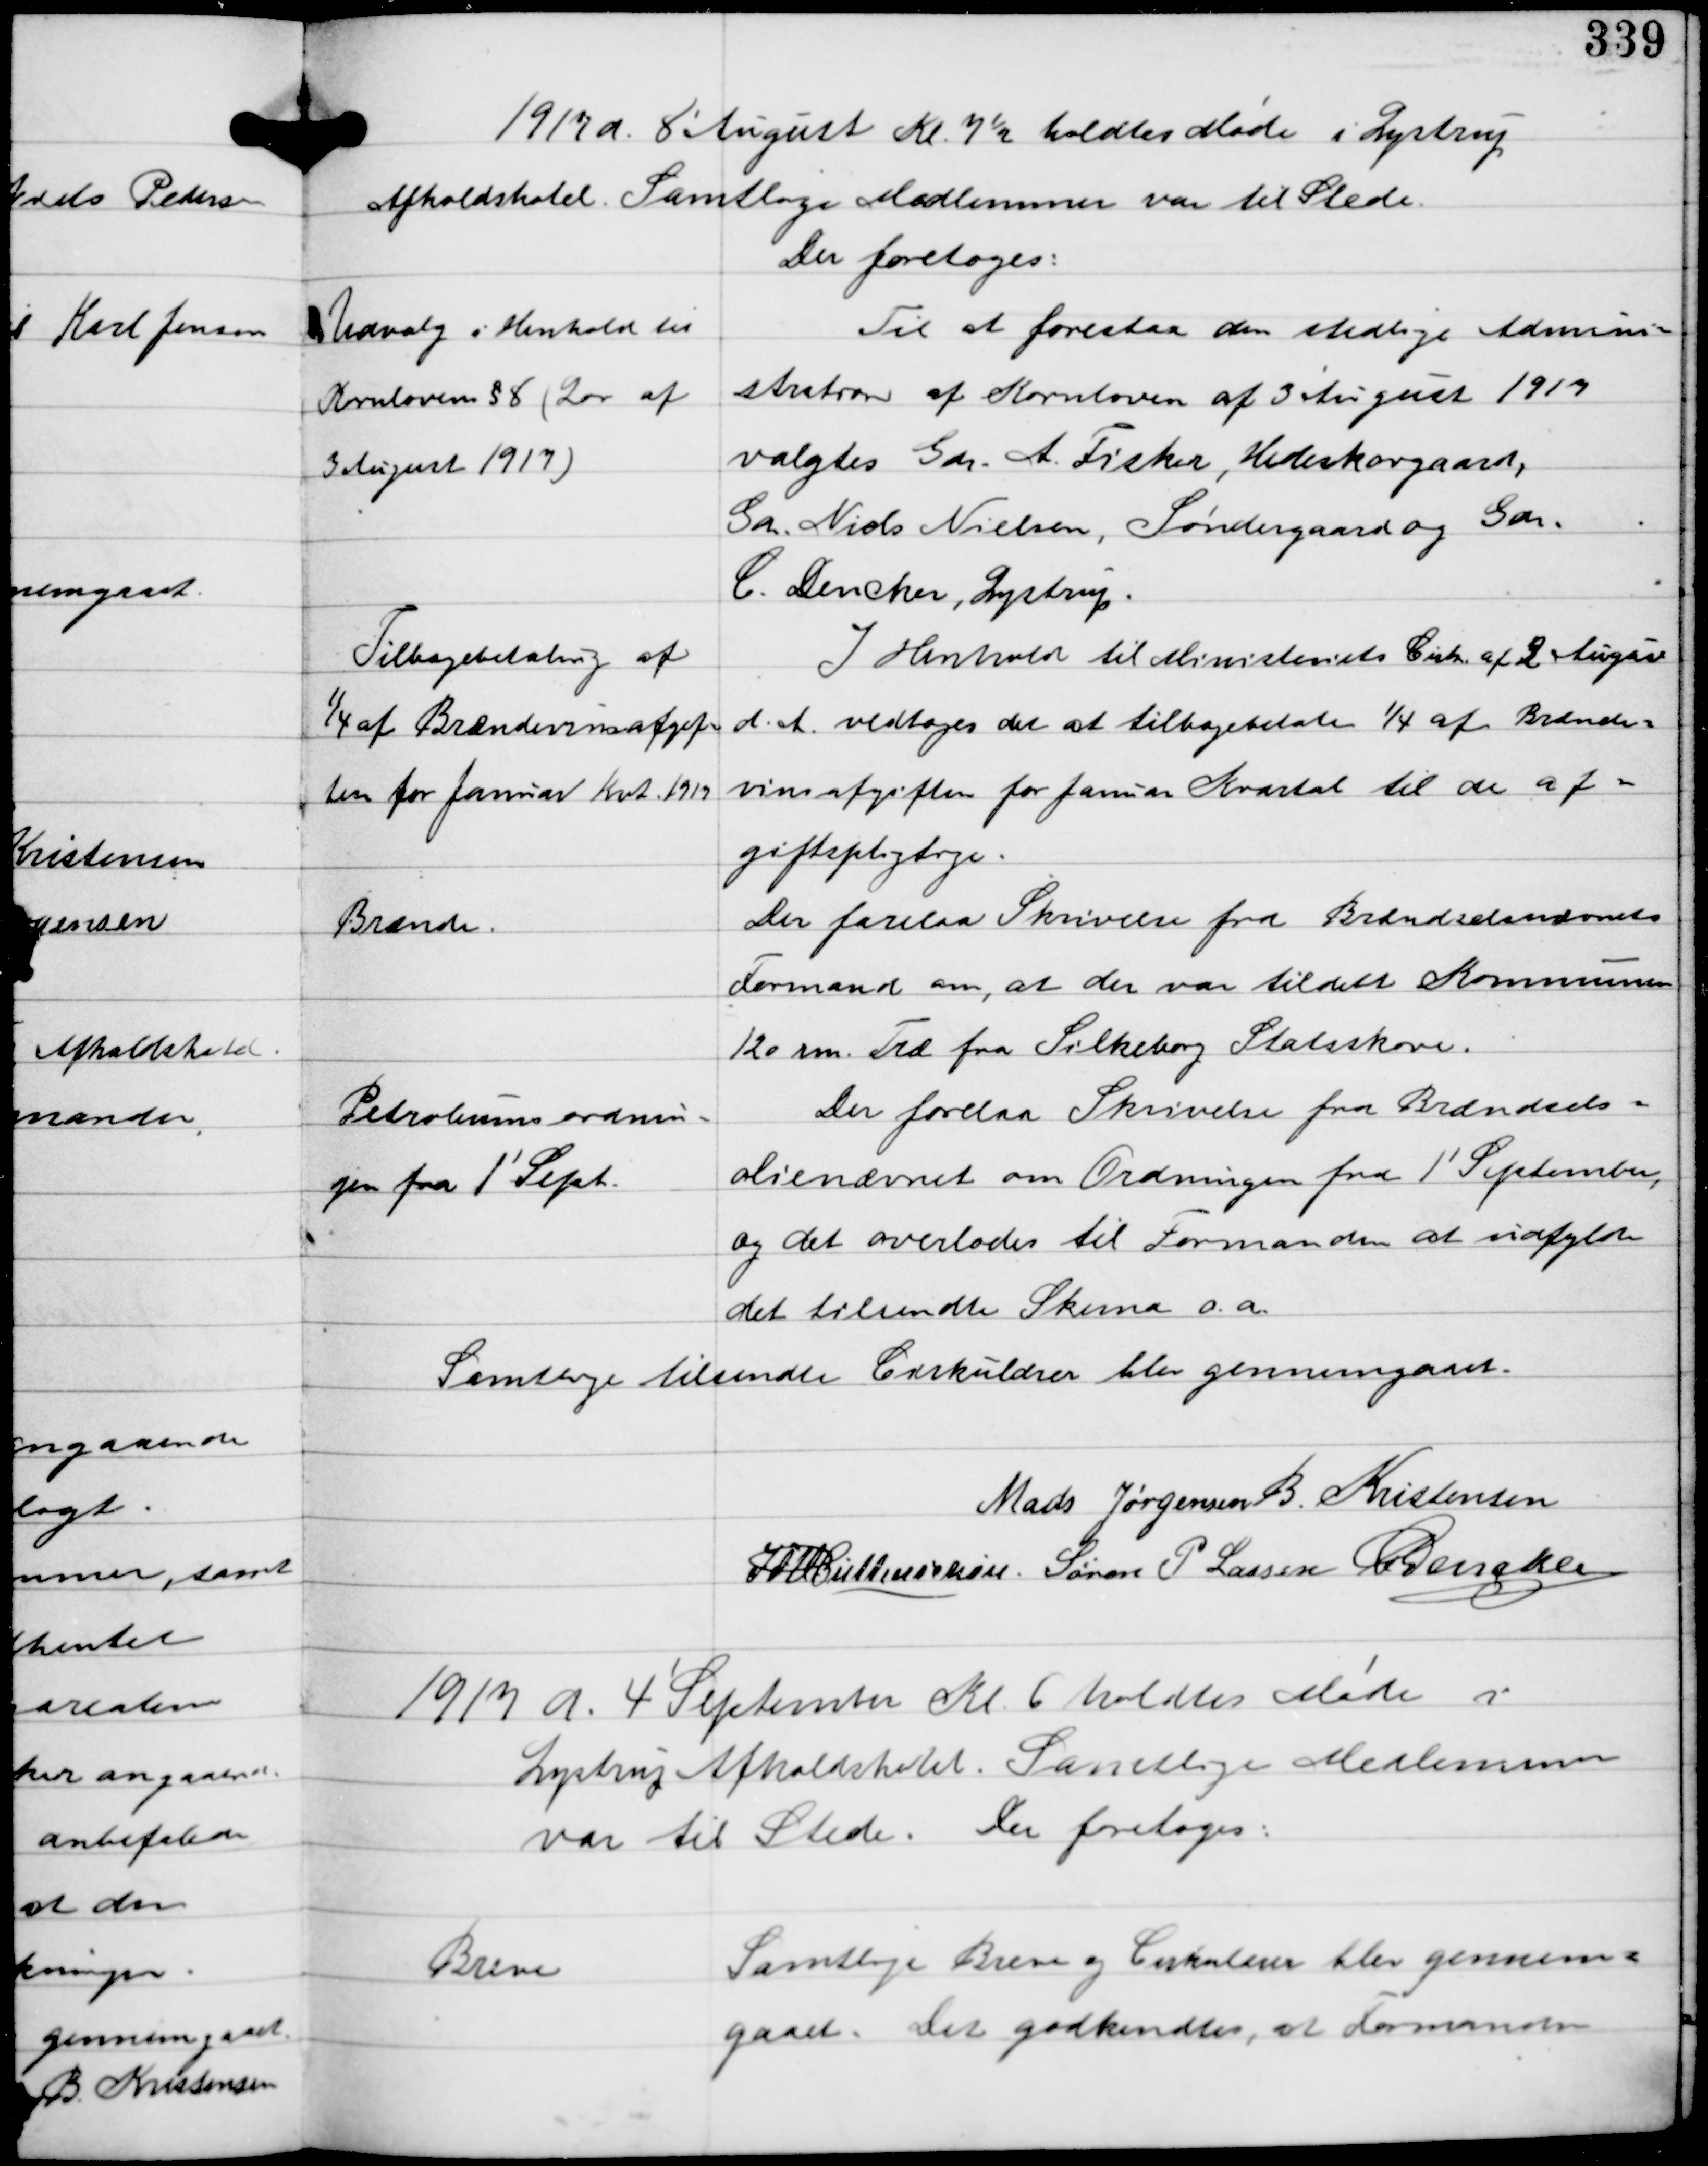
Transskription:
1917 d. 8' August Kl. 7½ holdtes Møde i Lystrup
Afholdshotel. Samtlige Medlemmer var til Stede.
For foretoges:

Udvalg i Henhold til
Kornloven §8 (Lov af
3 August 1917)

Til at forestaa den stedlige Admini-
stration af Kornloven af 3 August 1917
valgtes Gdr. A. Fisker, Hedeskovgaard,
Gdr. Niels Nielsen, Søndergaard og Gdr.
C. Dencker, Lystrup.

Tilbagebetaling af
1/4 af Brændevinsafgift-
ten for Januar Kvt. 1917

I Henhold til Ministeriets Cirk. af 2 August
d.A. vedtoges det at tilbagebetale 1/4 af Brænde-
vinsafgiften for Januar Kvartal til de af-
giftspligtige.

Brænde

Der forelaa Skrivelse fra Brændselsnævnets
Formand om, at der var tildelt Kommunen
120 rm. Træ fra Silkeborg Statsskove.

Petroleumsordnin-
gen fra 1' Sept.

Der forelaa Skrivelse fra Brændsels-
olienævnet om Ordningen fra 1' September, 
og det overlodes til Formanden at udfylde
det tilsendte Skema o.a.

Samtlige tilsendte Cirkulærer blev gennemgaaet.

Mads Jørgensen B. Kristensen
IFV Buttenschøn Søren P. Lassen C Dencker

1917 d. 4' September Kl. 6 holdtes Møde i
Lystrup Afholdshotel. Samtlige Medlemmer
var til Stede Der foretoges:

Breve

Samtlige Breve og Cirkulærer blev gennem-
gaaet. Det godkendtes, at Formanden